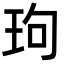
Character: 玽